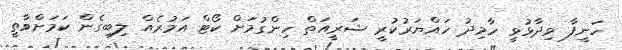
ހަނީފާ ވިދާޅުވީ ހާމިދު ހައްޔަރުކުރީ ޝަރީއަތް ހިންގުމަށް ކޯޓް އަމުރެއް ލިބިގެން ކަމަށްވާތީ